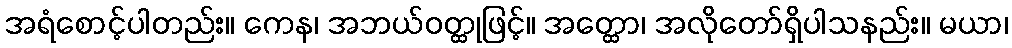
အရံစောင့်ပါတည်း။ ကေန၊ အဘယ်ဝတ္ထုဖြင့်။ အတ္ထော၊ အလိုတော်ရှိပါသနည်း။ မယာ၊